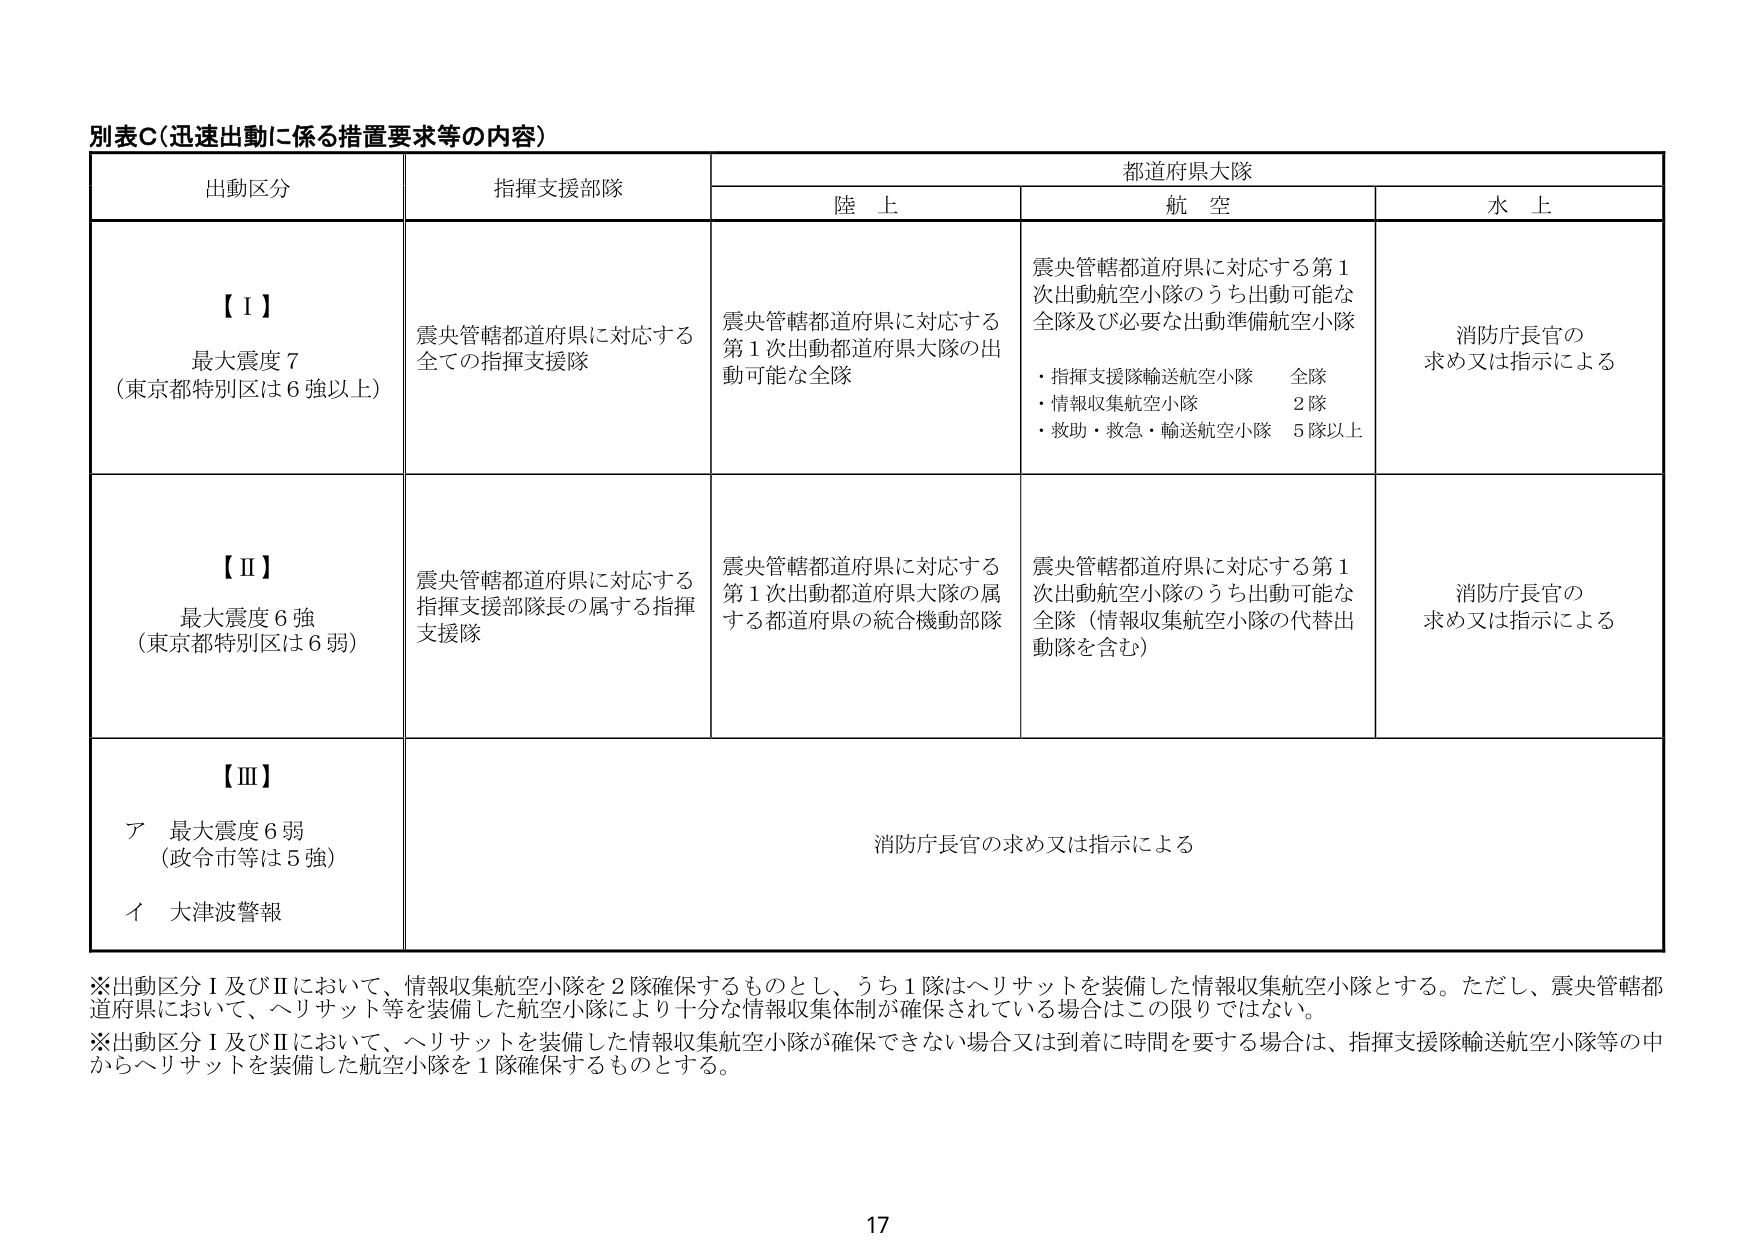
別表Ｃ（迅速出動に係る措置要求等の内容）

出動区分　　　　　　　　指揮支援部隊　　　　　　　　都道府県大隊
　　　　　　　　　　　　　　　　　　　　　　　　陸 上　　　　　　航 空　　　　　　水 上

【Ⅰ】
最大震度７
（東京都特別区は６強以上）
震央管轄都道府県に対応する
全ての指揮支援隊
震央管轄都道府県に対応する
第１次出動都道府県大隊の出
動可能な全隊
震央管轄都道府県に対応する第１
次出動航空小隊のうち出動可能な
全隊及び必要な出動準備航空小隊
・指揮支援隊輸送航空小隊　全隊
・情報収集航空小隊　　　　２隊
・救助・救急・輸送航空小隊　５隊以上
消防庁長官の
求め又は指示による

【Ⅱ】
最大震度６強
（東京都特別区は６弱）
震央管轄都道府県に対応する
指揮支援部隊長の属する指揮
支援隊
震央管轄都道府県に対応する
第１次出動都道府県大隊の属
する都道府県の統合機動部隊
震央管轄都道府県に対応する第１
次出動航空小隊のうち出動可能な
全隊（情報収集航空小隊の代替出
動隊を含む）
消防庁長官の
求め又は指示による

【Ⅲ】
ア　最大震度６弱
（政令市等は５強）
イ　大津波警報
消防庁長官の求め又は指示による

※出動区分Ⅰ及びⅡにおいて、情報収集航空小隊を２隊確保するものとし、うち１隊はヘリサットを装備した情報収集航空小隊とする。ただし、震央管轄都
道府県において、ヘリサット等を装備した航空小隊により十分な情報収集体制が確保されている場合はこの限りではない。
※出動区分Ⅰ及びⅡにおいて、ヘリサットを装備した情報収集航空小隊が確保できない場合又は到着に時間を要する場合は、指揮支援隊輸送航空小隊等の中
からヘリサットを装備した航空小隊を１隊確保するものとする。

17